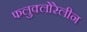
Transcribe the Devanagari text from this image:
फलुक्‍लोरेलीन